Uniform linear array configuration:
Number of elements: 24
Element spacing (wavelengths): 0.75
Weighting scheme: cosine
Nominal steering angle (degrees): -45
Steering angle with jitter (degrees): -46.758
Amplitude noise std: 0.05
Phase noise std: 0.05

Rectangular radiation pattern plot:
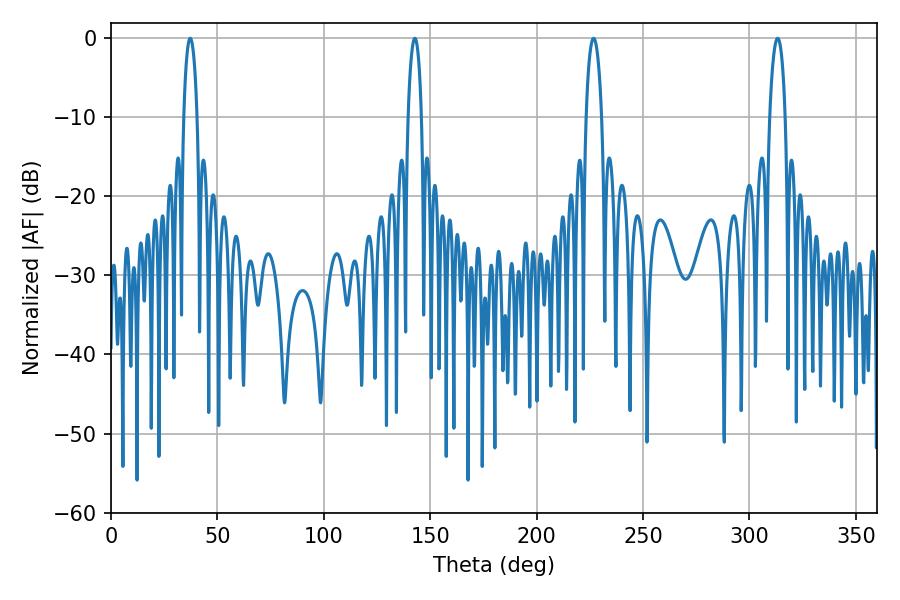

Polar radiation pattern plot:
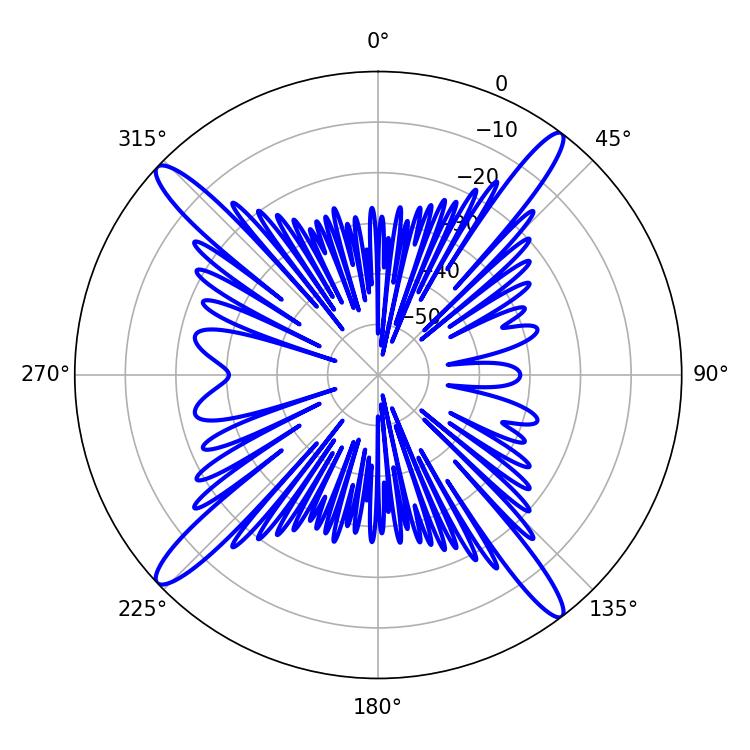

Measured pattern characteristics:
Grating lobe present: TRUE
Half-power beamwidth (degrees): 4.14
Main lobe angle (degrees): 226.8